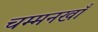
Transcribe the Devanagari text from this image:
चम्मनखाँ